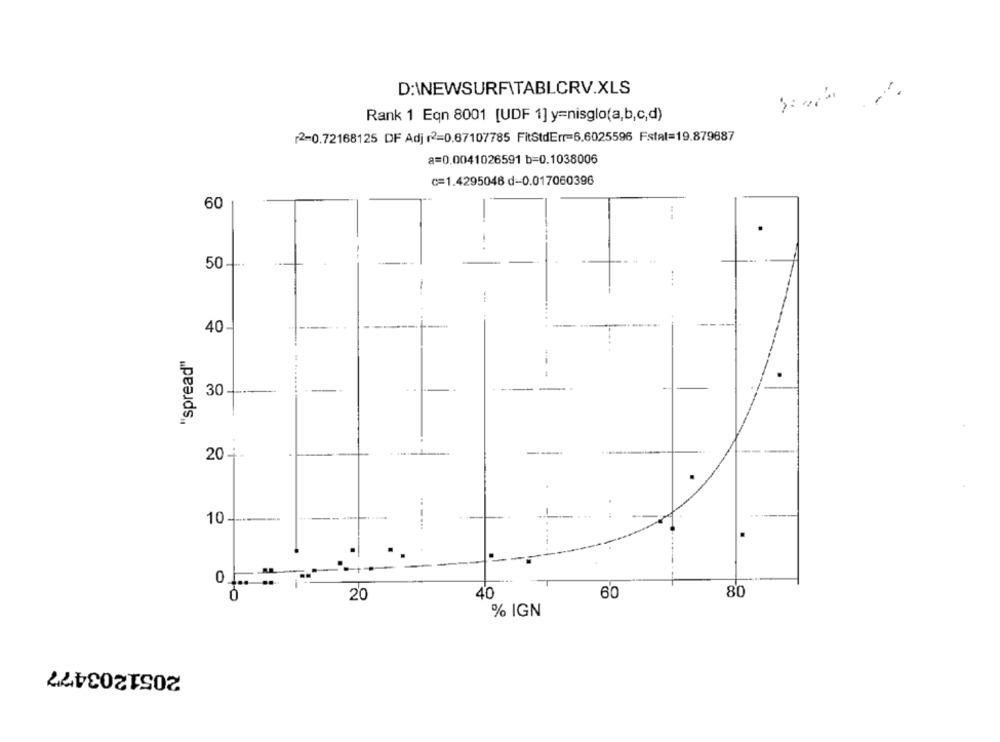
D:\NEWSURFITABLCRV.XLS
-.
Rank 1 Eqn 8001 [UDF 1] y=nisglo(a,b,c,d)
2=0.72168125 DF Adj r2=0.67107785 FitStdErr=6.6025596 Fstal=19.879887
a=0.0041026591 b=0.1038006
c=1.4295048 d-0.017060396
60
50-
...
40-
"spread"
--
30 ---
-
..
--
20 +-
...
10
...
60
80
0
20
40
% IGN
2051203477